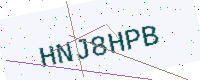
Text: HNJ8HPB